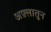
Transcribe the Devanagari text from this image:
अफ़्लातून